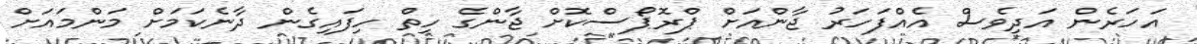
އަހަރެން އަދިވެސް އެއްފަހަރު ޖާންއަށް ޕްރޮޕޯސްކޮށް ޖާންގެ ހިތް ހިފައިގެން ދާނެކަމަށް މަންމައަށް